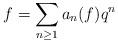
LaTeX: \begin{align*}f=\sum_{n\geq 1}a_n(f)q^n\end{align*}